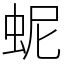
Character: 蚭